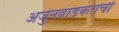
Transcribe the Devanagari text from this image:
अर्जुनवाडकरांची